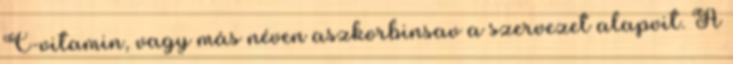
C-vitamin, vagy más néven aszkorbinsav a szervezet alapvit. A